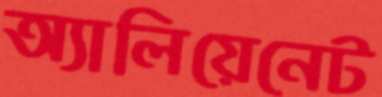
অ্যালিয়েনেট